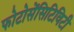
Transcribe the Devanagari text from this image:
फोटोसेंसिटिविटी